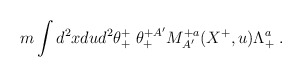
\begin{align*}m\int d^2xdu d^2\theta^+_+\; \theta^{+A'}_+ M^{+a}_{A'}(X^+,u) \Lambda^a_+\; .\end{align*}